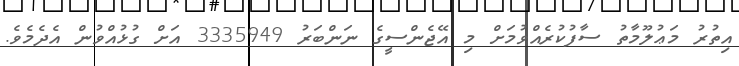
އިތުރު މަޢުލޫމާތު ސާފުކުރެއްވުމަށް މި އޭޖެންސީގެ ނަންބަރު 3335949 އަށް ގުޅުއްވުން އެދެމެވެ.